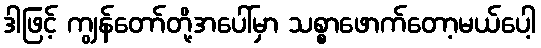
ဒါဖြင့် ကျွန်တော်တို့အပေါ်မှာ သစ္စာဖောက်တော့မယ်ပေါ့